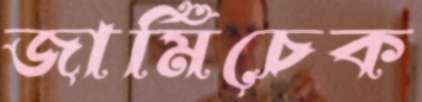
জার্মিচেক